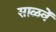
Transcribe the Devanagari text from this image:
साळवें